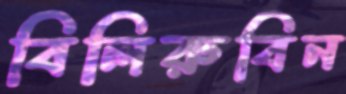
বিলিরুবিন